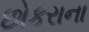
છોકરાના